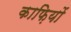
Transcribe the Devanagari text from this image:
काफ़ियों